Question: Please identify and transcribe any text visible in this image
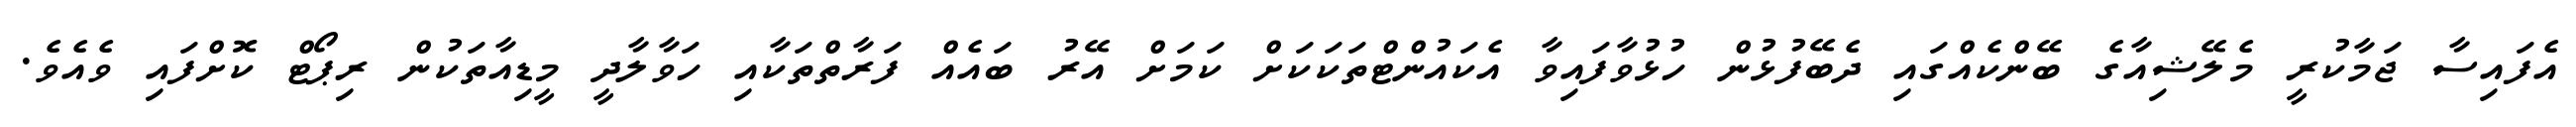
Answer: އެފައިސާ ޖަމާކުރީ މެލޭޝިއާގެ ބޭންކެއްގައި ދެބޭފުޅުން ހުޅުވާފައިވާ އެކައުންޓްތަކަކަށް ކަމަށް އޭރު ބައެއް ފަރާތްތަކާއި ހަވާލާދީ މީޑިއާތަކުން ރިޕޯޓް ކޮށްފައި ވެއެވެ.